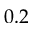
0 . 2